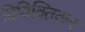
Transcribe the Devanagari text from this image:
विविक्तिकर